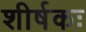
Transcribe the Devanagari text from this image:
शीर्षकः